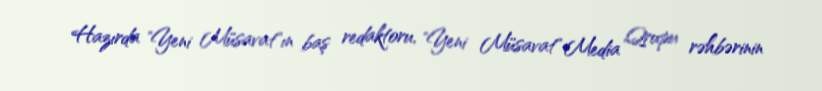
Hazırda "Yeni Müsavat"ın baş redaktoru, "Yeni Müsavat" Media Qrupu rəhbərinin